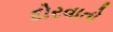
દોરવાતો